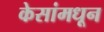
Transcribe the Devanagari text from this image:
केसांमधून